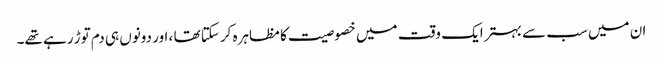
ان میں سب سے بہتر ایک وقت میں خصوصیت کا مظاہرہ کرسکتا تھا ، اور دونوں ہی دم توڑ رہے تھے۔